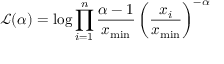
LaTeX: { \mathcal { L } } ( \alpha ) = \log \prod _ { i = 1 } ^ { n } { \frac { \alpha - 1 } { x _ { \operatorname* { m i n } } } } \left( { \frac { x _ { i } } { x _ { \operatorname* { m i n } } } } \right) ^ { - \alpha }